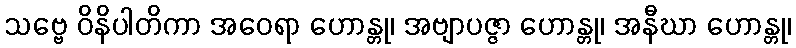
သဗ္ဗေ ဝိနိပါတိကာ အဝေရာ ဟောန္တု၊ အဗျာပဇ္ဇာ ဟောန္တု၊ အနီဃာ ဟောန္တု၊